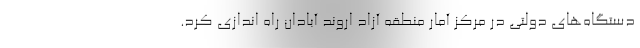
دستگاه‌های دولتی در مرکز آمار منطقه آزاد اروند آبادان راه اندازی کرد.